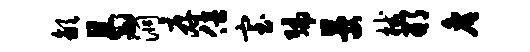
歙曷洞厚倍室编晏械邢詹